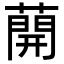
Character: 𦼠